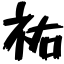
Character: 祐